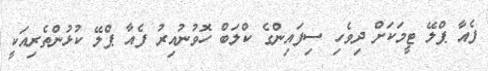
ފެއާ ޕްލޭ ޓީމަކަށް ދިވެހި ސިފައިންގެ ކްލަބް ހޮވުނުއިރު ފެއާ ޕްލޭ ކުޅުންތެރިއަކީ